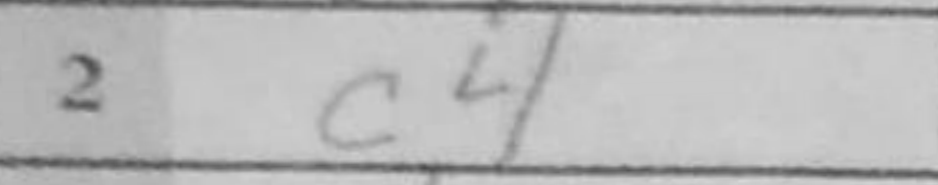
Transcription: c4